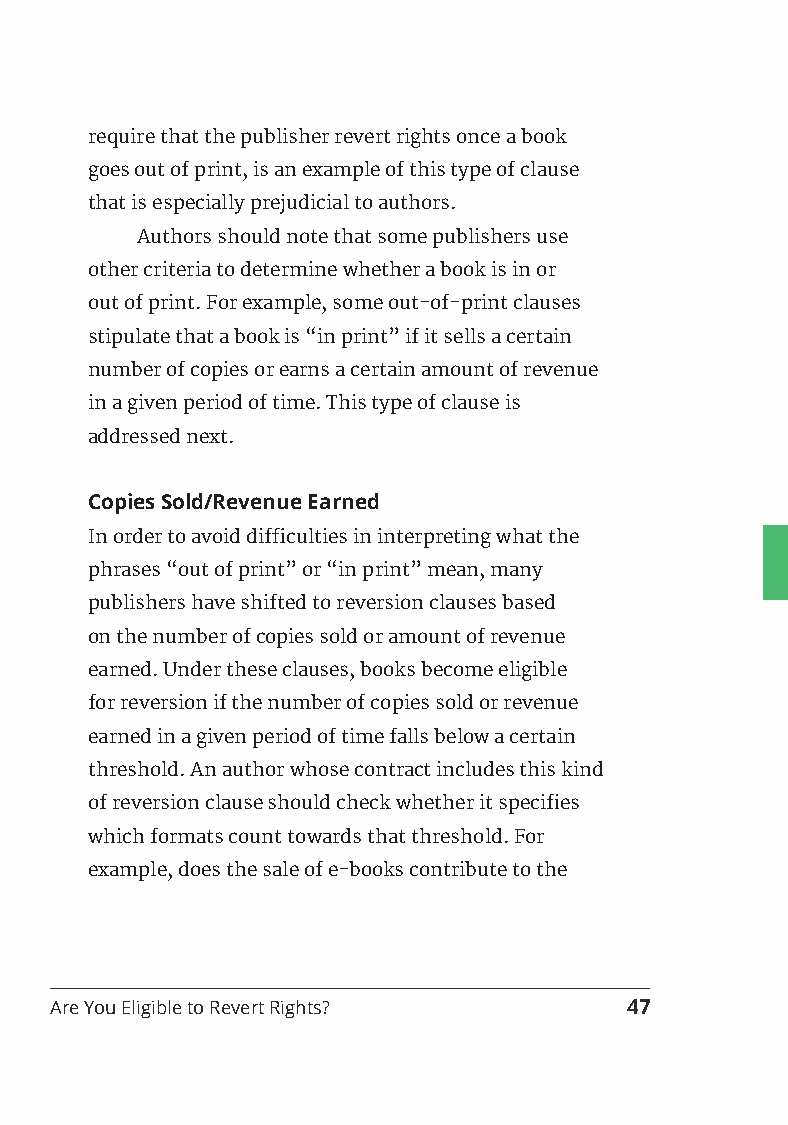
require that the publisher revert rights once a book
 goes out of print, is an example of this type of clause
 that is especially prejudicial to authors.
 Authors should note that some publishers use
 other criteria to determine whether a book is in or
 out of print. For example, some out-of-print clauses
 stipulate that a book is “in print” if it sells a certain
 number of copies or earns a certain amount of revenue
 in a given period of time. This type of clause is
 addressed next.
 Copies Sold/Revenue Earned
 In order to avoid difficulties in interpreting what the
 phrases “out of print” or “in print” mean, many
 publishers have shifted to reversion clauses based
 on the number of copies sold or amount of revenue
 earned. Under these clauses, books become eligible
 for reversion if the number of copies sold or revenue
 earned in a given period of time falls below a certain
 threshold. An author whose contract includes this kind
 of reversion clause should check whether it specifies
 which formats count towards that threshold. For
 example, does the sale of e-books contribute to the
 Are You Eligible to Revert Rights?    47